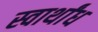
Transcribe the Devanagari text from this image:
स्वार्थांध